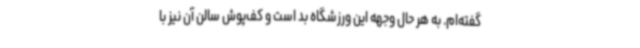
گفته‌ام. به هر حال وجهه این ورزشگاه بد است و کف‌پوش سالن آن نیز با